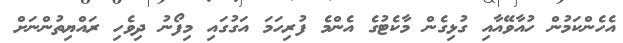
އެހެންކަމުން ހުއާވޭއާއި ގުޅިގެން މާކެޓުގެ އެންމެ ފުރިހަމަ އަގުގައި މިފޯނު ދިވެހި ރައްޔިތުންނަށް